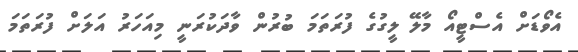
އެވޯޑަށް އެސްޓީއޯ މާލޭ ލީގުގެ ފުރަތަމަ ބުރުން ވާދަކުރަނީ މިއަހަރު އަލަށް ފުރަތަމަ